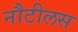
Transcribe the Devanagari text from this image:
नौटीलस